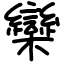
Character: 欒